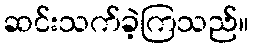
ဆင်းသက်ခဲ့ကြသည်။